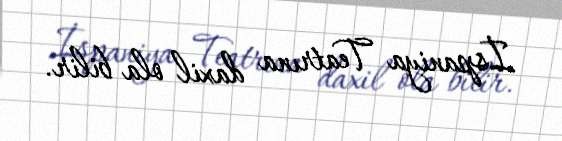
İspaniya Teatrına daxil ola bilir.